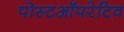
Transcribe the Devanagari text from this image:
पोस्टऑपरेटिव